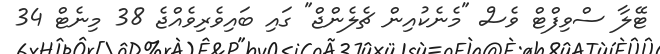
ޓޭލާ ސްވިފްޓް ވެސް "މެނެކުއިން ޗެލެންޖް" ގައި ބައިވެރިވެއްޖެ 38 މިނެޓް 34